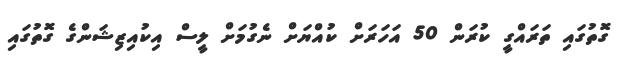
ގޮތުގައި ތަރައްގީ ކުރަން 50 އަހަރަށް ކުއްޔަށް ނެގުމަށް ލީސް އިކުއިޒިޝަންގެ ގޮތުގައި